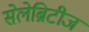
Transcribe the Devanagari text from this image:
सेलेब्रिटीज